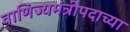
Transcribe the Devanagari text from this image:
वाणिज्यमंत्रीपदाच्या